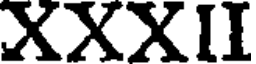
XXXII